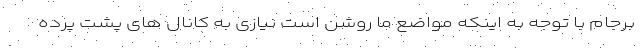
برجام با توجه به اینکه مواضع ما روشن است نیازی به کانال های پشت پرده